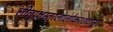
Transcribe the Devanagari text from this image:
लीलाक्षस्तरलालोकश्शटासुर